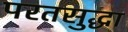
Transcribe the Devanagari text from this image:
परतसुद्धा